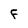
Character: F